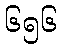
၆၅၆